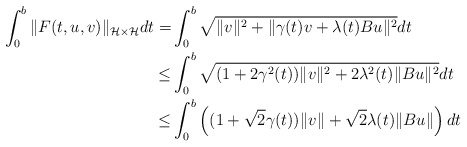
\begin{align*}\int_0^b\|F(t,u,v)\|_{{\cal H}\times {\cal H}}dt = & \int_0^b\sqrt{\|v\|^2+\|\gamma(t) v+\lambda(t)Bu\|^2}dt\\\leq & \int_0^b\sqrt{(1+2\gamma^2(t))\|v\|^2+2\lambda^2(t)\|Bu\|^2}dt\\\leq & \int_0^b\left((1+\sqrt{2}\gamma(t))\|v\|+\sqrt{2}\lambda(t)\|Bu\|\right)dt\end{align*}